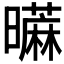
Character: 𰲐